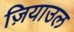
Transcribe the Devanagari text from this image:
ज़ियाउल